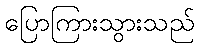
ပြောကြားသွားသည်